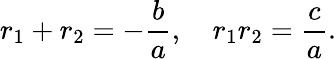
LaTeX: r_{1}+r_{2}=-{\frac{b}{a}},\quad r_{1}r_{2}={\frac{c}{a}}.